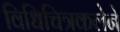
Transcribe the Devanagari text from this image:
विधिचित्रकलेने